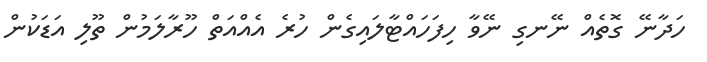
ހަދާނޭ ގޮތެއް ނޭނގި ނޭވާ ހިފަހައްޓާލައިގެން ހުރެ އެއްއަތް ހޫރާލަމުން ތޫލި އަޑަކުން